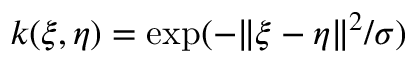
k ( \xi , \eta ) = \exp ( - \| \xi - \eta \| ^ { 2 } / \sigma )